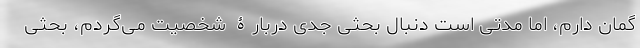
گمان دارم، اما مدتی است دنبالِ بحثی جدی دربارۀ شخصیت می‌گردم، بحثی